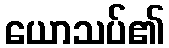
ယောသပ်၏